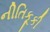
નીતિકૂકી